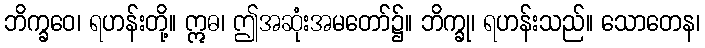
ဘိက္ခဝေ၊ ရဟန်းတို့။ ဣဓ၊ ဤအဆုံးအမတော်၌။ ဘိက္ခု၊ ရဟန်းသည်။ သောတေန၊